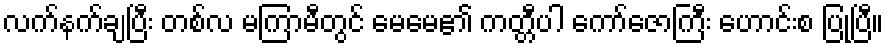
လက်နက်ချပြီး တစ်လ မကြာမီတွင် မေမေ၏ ကတ္တီပါ ကော်ဇောကြီး ဟောင်းစ ပြုပြီ။